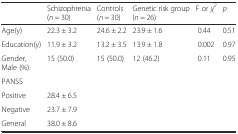
<table><thead><tr><td></td><td><b>Schizophrenia (<i>n</i> = 30)</b></td><td><b>Controls (<i>n</i> = 30)</b></td><td><b>Genetic risk group (<i>n</i> = 26)</b></td><td><b>F or <i>χ</i><sup><i>2</i></sup></b></td><td><b><i>p</i></b></td></tr></thead><tbody><tr><td>Age(y)</td><td>22.3 ± 3.2</td><td>24.6 ± 2.2</td><td>23.9 ± 1.6</td><td>0.44</td><td>0.51</td></tr><tr><td>Education(y)</td><td>11.9 ± 3.2</td><td>13.2 ± 3.5</td><td>13.9 ± 1.8</td><td>0.002</td><td>0.97</td></tr><tr><td>Gender, Male (%)</td><td>15 (50.0)</td><td>15 (50.0)</td><td>12 (46.2)</td><td>0.11</td><td>0.95</td></tr><tr><td>PANSS</td><td></td><td></td><td></td><td></td><td></td></tr><tr><td>Positive</td><td>28.4 ± 6.5</td><td></td><td></td><td></td><td></td></tr><tr><td>Negative</td><td>23.7 ± 7.9</td><td></td><td></td><td></td><td></td></tr><tr><td>General</td><td>38.0 ± 8.6</td><td></td><td></td><td></td><td></td></tr></tbody></table>